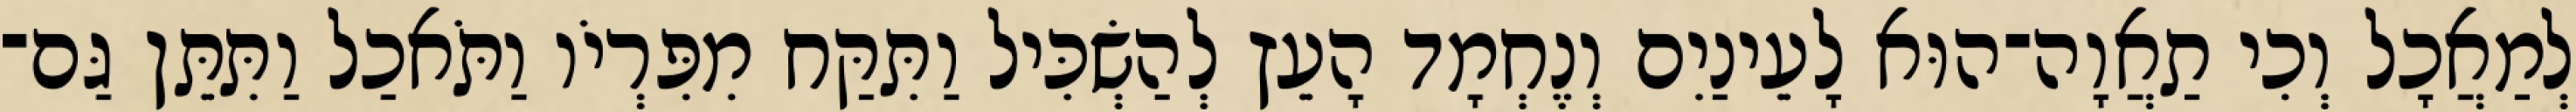
לְמַאֲכָל וְכִי תַאֲוָה־הוּא לָעֵינַיִם וְנֶחְמָד הָעֵץ לְהַשְׂכִּיל וַתִּקַּח מִפִּרְיֹו וַתֹּאכַל וַתִּתֵּן גַּם־